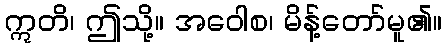
ဣတိ၊ ဤသို့။ အဝေါစ၊ မိန့်တော်မူ၏။